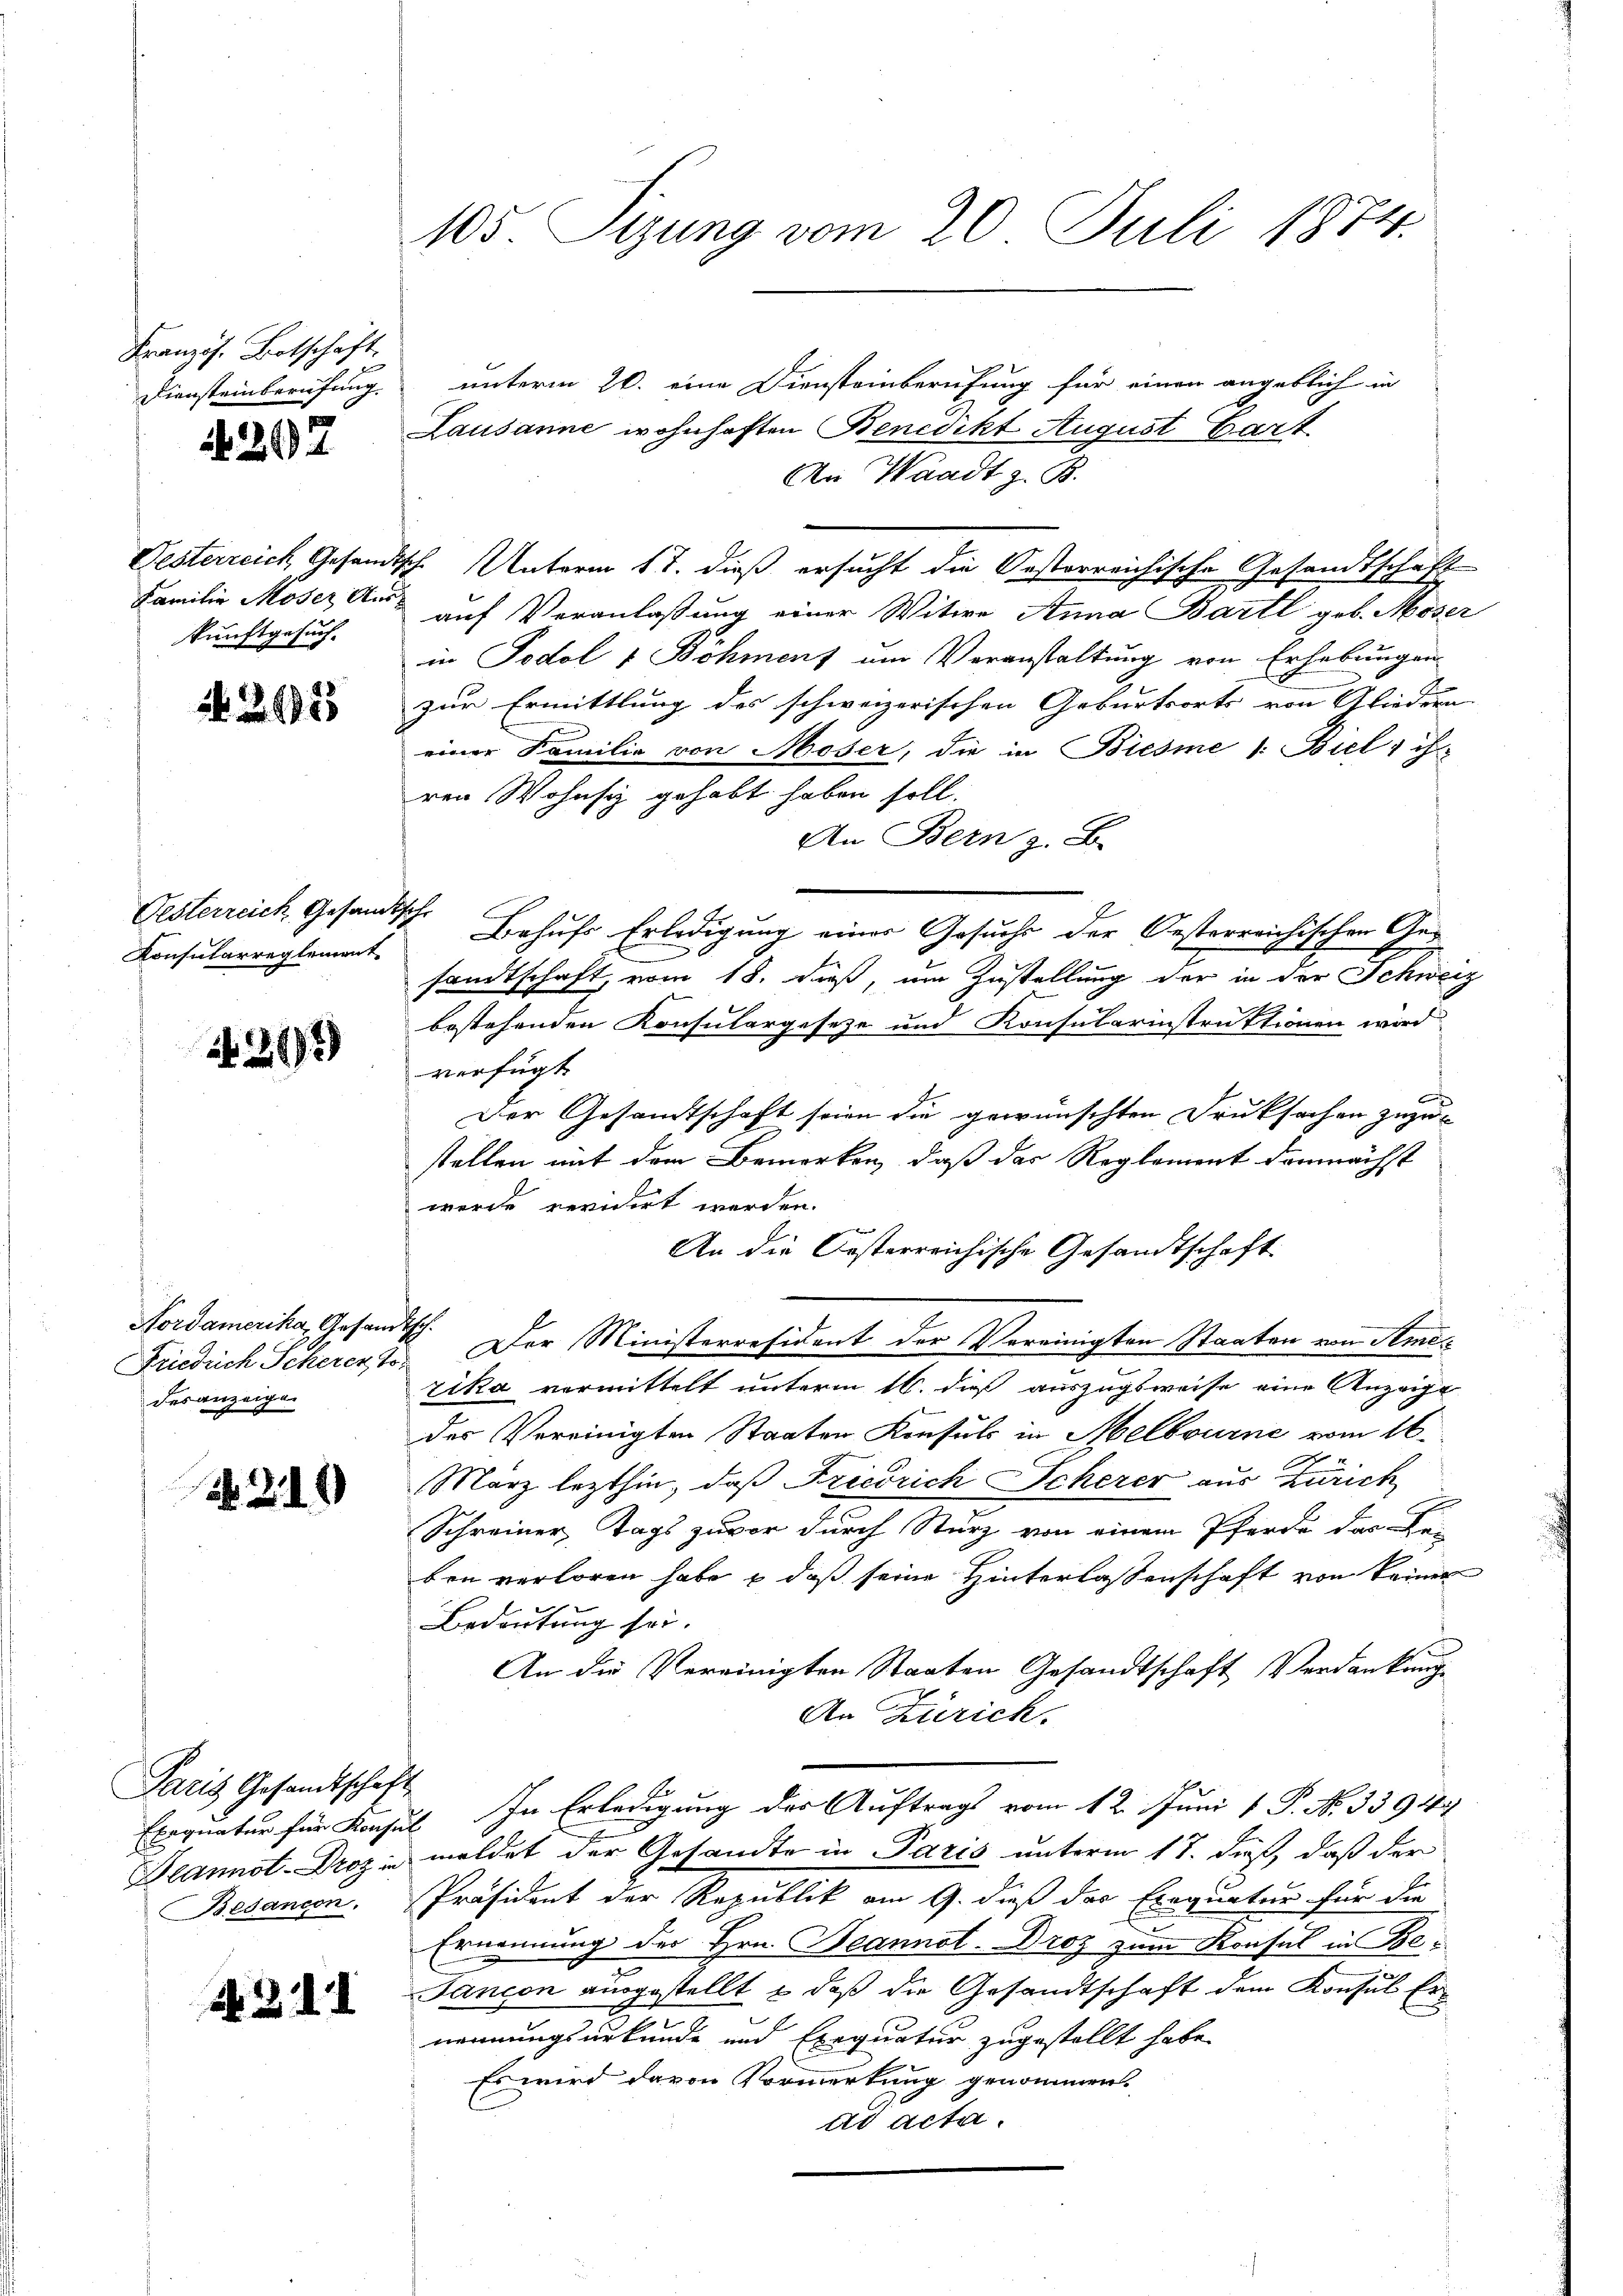
Französ. Botschaft.
Diensteinberufung

4297

Familie Moser Aus-
kunftgesuch.

N 226955

Gesterreich, Gesam
Konsularreglement

21989

Nordamerika, Gesandtsch.
desanzeigen

310

Paris Gesandtschaft

. Bd. I

105. Sizung vom 20. Juli 1874.

unterm 20. eine Diensteinberufung für einen angeblich in
Lausanne wohnhaften Benedikt August Gart
An Waadt z. B.
Oesterreich Gesandtsche Unterm 17. dieß ersucht die Oesterreichische Gesandtschaft
auf Veranlaßung einer Witwe Anna Bartl geb. Moser
in Podol 1 Böhment um Veranstaltung von Erhebungen
zur Ermittlung des schweizerischen Geburtsorts von Gliedern |
einer Familie von Moser, die in Biesme 1: Biel, ih
ren Wohnsiz gehabt haben soll.
An Bern z. B.
sch
Behufs Erledigung einer Gesuche der Oesterreichischen Ges
sandtschaft, vom 18. daß, um Zustellung der in der Schweiz
bestehenden Konsulargeseze und Konsularinstruktionen wird.
verfügt
Der Gesandtschaft seien die gewünschten Druksachen zuzu-
stellen mit dem Bemerken, daß das Reglement demnächst
werde revidirt werden.
An die Kosterreichische Gesandtschaft
Friedrich Scheren 15. Der Ministerresident der Vereinigten Staaten von Amezika vermittelt unterm 16. dieß auszugsweise eine Anzeige
des Vereinigten Staaten Konsuls in Melbourne vom 16.
März lezthin, daß Friedrich Scherer aus Zürich
Schreiner, Tags zuvor durch Sturz von einem Pferde das Be-
ben verloren habe & daß seine Hinterlassenschaft von keiner
Bedeutung sei.
An die Vereinigten Staaten Gesandtschaft Verdankung
An Zürich.
Exequatur für Konsul In Erledigung der Auftrags vom 12. Juni 1 P. N. 3394
Blannot-Drozin meldet der Gesandte in Paris unterm 17. dieß, daß der
Bedancon. Präsident der Republik am 9. dieß des Exequatur für die
Ernennung der Hrn. Beannol-Droz zum Konsul in Be¬
Jancon ausgestellt & daß die Gesandtschaft dem Konsul Ernennungsurkunde und Exequatur zugestellt habe.
Es wird davon Vormerkung genommen.
ad acta.